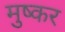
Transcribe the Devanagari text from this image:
मुष्कर